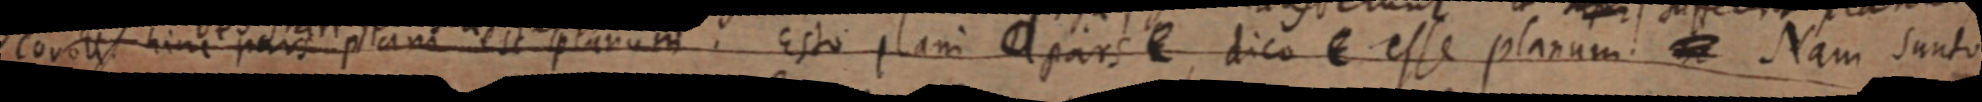
coroll. hinc pars plani est planum. Esto plani d pars e dico e esse planum. _ Nam sunto